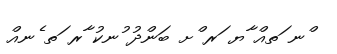
ްނ ަތއް ާޔ ަރ ްށ ބަންދު ުނކު ާރ ަތ ެނއް